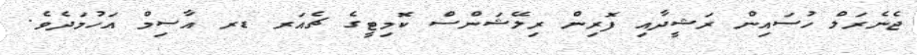
ޖެނެރަލް ހުސައިން ރަޝީދާއި ފޮރިން ރިލޭޝަންސް ކޮމިޓީގެ ޗެއަރ ޑރ އާސިމް އަހުމަދެވެ.